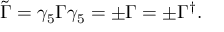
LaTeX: \tilde { \Gamma } = \gamma _ { 5 } \Gamma \gamma _ { 5 } = \pm \Gamma = \pm \Gamma ^ { \dag } .